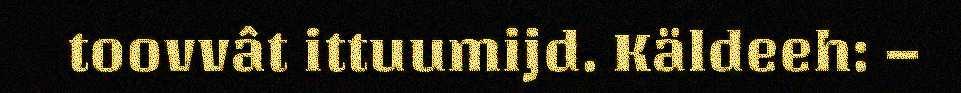
toovvât ittuumijd. Käldeeh: –